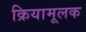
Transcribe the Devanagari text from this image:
क्रियामूलक